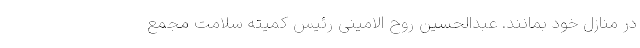
در منازل خود بمانند. عبدالحسین روح الامینی رئیس کمیته سلامت مجمع